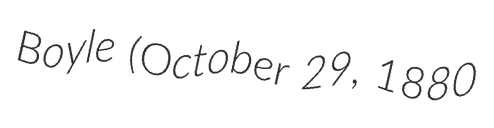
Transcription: Boyle (October 29, 1880